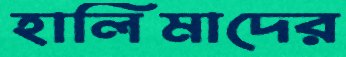
হালিমাদের